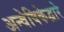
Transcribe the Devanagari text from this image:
अन्वेषिकेद्वारे